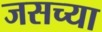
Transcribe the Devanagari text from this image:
जसच्या